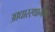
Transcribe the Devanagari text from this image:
आधारस्थानीय